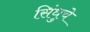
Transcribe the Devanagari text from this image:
सिंधुचे